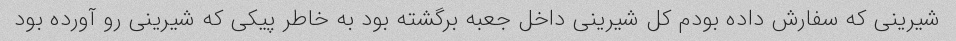
شیرینی که سفارش داده بودم کل شیرینی داخل جعبه برگشته بود به خاطر پیکی که شیرینی رو آورده بود